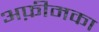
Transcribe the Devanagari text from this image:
अफ़ीमका